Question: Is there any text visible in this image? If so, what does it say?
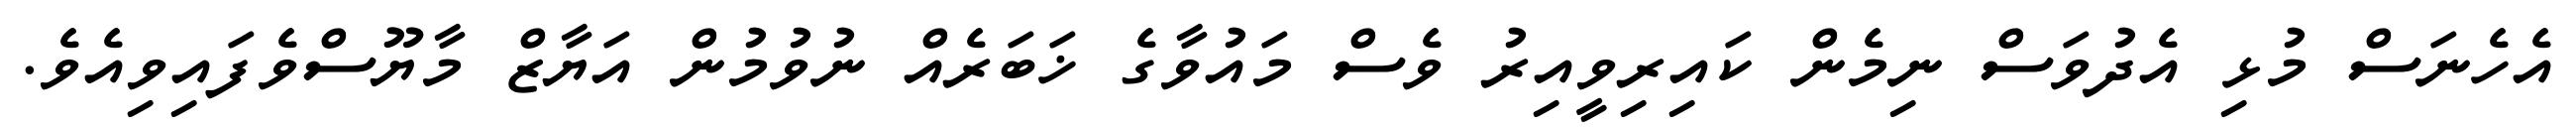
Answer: އެހެނަސް މުޅި އެދުވަސް ނިމެން ކައިރިވީއިރު ވެސް މައުވާގެ ޚަބަރެއް ނުވުމުން އަޔާޒް މާޔޫސްވެފައިވިއެވެ.